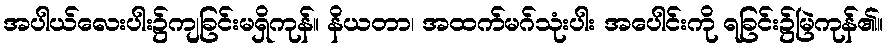
အပါယ်လေးပါး၌ကျခြင်းမရှိကုန်။ နိယတာ၊ အထက်မဂ်သုံးပါး အပေါင်းကို ရခြင်း၌မြဲကုန်၏။